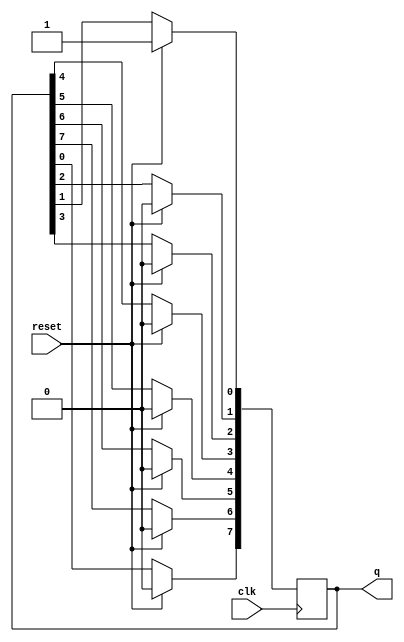
module ringcounter(input  clk,
input  reset,
output reg [7:0]q);

always @(posedge clk) 
begin   	
	if (reset)
		q <= 8'b00000001;
	else
	begin
		q[7]<=q[0];
		q[6]<=q[7];
		q[5]<=q[6];
		q[4]<=q[5];
		q[3]<=q[4];
		q[2]<=q[3];
		q[1]<=q[2];
		q[0]<=q[1];
	end
end

endmodule